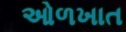
ઓળખાત